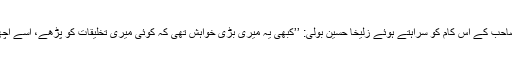
محمد صاحب کے اس کام کو سراہتے ہوئے زُلیخا حُسین بولی: ’’کبھی یہ میری بڑی خواہش تھی کہ کوئی میری تخلیقات کو پڑھے، اسے اچھا کہے۔